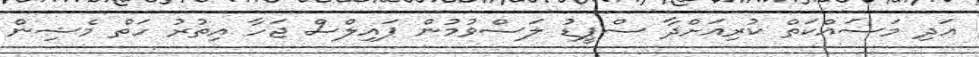
އަދި މަސައްކަތް ކުރިއަށްދާ ސްޕީޑު ލަސްވުމުން ޕައިލްސް ޖަހާ އިތުރު ހަތް މެޝިން